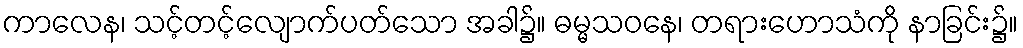
ကာလေန၊ သင့်တင့်လျောက်ပတ်သော အခါ၌။ ဓမ္မသဝနေ၊ တရားဟောသံကို နာခြင်း၌။